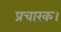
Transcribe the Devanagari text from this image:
प्रचारक।